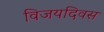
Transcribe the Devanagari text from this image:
विजयदिवस